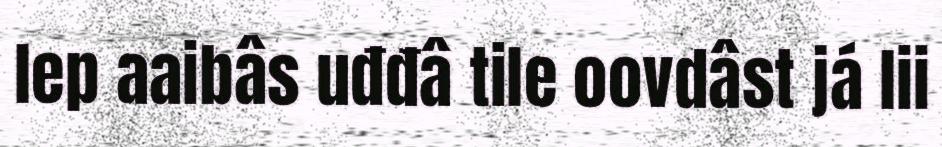
lep aaibâs uđđâ tile oovdâst já lii